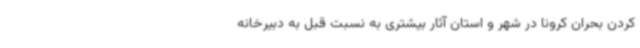
کردن بحران کرونا در شهر و استان آثار بیشتری به نسبت قبل به دبیرخانه